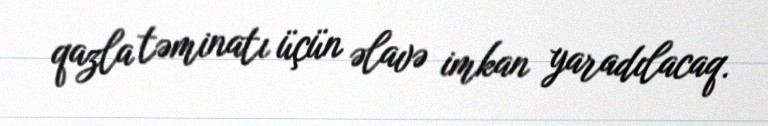
qazla təminatı üçün əlavə imkan yaradılacaq.